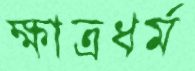
ক্ষাত্রধর্ম